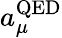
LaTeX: a_{\mu}^{\mathrm{QED}}